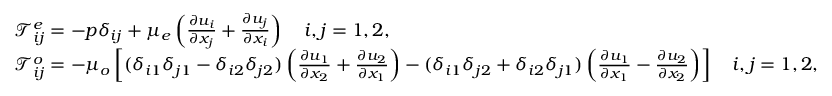
\begin{array} { r l } & { \mathcal { T } _ { i j } ^ { e } = - p \delta _ { i j } + \mu _ { e } \left( \frac { \partial u _ { i } } { \partial x _ { j } } + \frac { \partial u _ { j } } { \partial x _ { i } } \right) ~ ~ ~ i , j = 1 , 2 , } \\ & { \mathcal { T } _ { i j } ^ { o } = - \mu _ { o } \left[ ( \delta _ { i 1 } \delta _ { j 1 } - \delta _ { i 2 } \delta _ { j 2 } ) \left( \frac { \partial u _ { 1 } } { \partial x _ { 2 } } + \frac { \partial u _ { 2 } } { \partial x _ { 1 } } \right) - ( \delta _ { i 1 } \delta _ { j 2 } + \delta _ { i 2 } \delta _ { j 1 } ) \left( \frac { \partial u _ { 1 } } { \partial x _ { 1 } } - \frac { \partial u _ { 2 } } { \partial x _ { 2 } } \right) \right] ~ ~ ~ i , j = 1 , 2 , } \end{array}